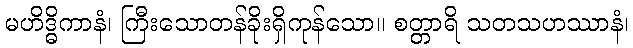
မဟိဒ္ဓိကာနံ၊ ကြီးသောတန်ခိုးရှိကုန်သော။ စတ္တာရိ သတသဟဿာနံ၊